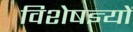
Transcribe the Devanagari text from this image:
विशेषज्ञ्यों